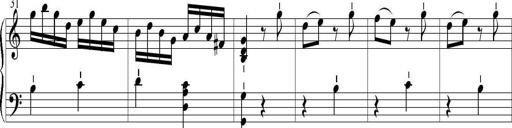
Title: 6 Leichte Sonatinen, Teil 1
Composer: F. Sigismund Sander